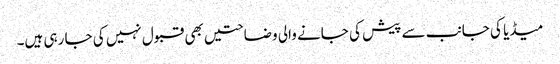
میڈیا کی جانب سے پیش کی جانے والی وضاحتیں بھی قبول نہیں کی جا رہی ہیں۔